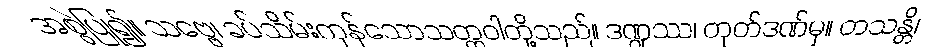
အစွဲပြု၍။ သဗ္ဗေ၊ ခပ်သိမ်းကုန်သောသတ္တဝါတို့သည်။ ဒဏ္ဍဿ၊ တုတ်ဒဏ်မှ။ တသန္တိ၊